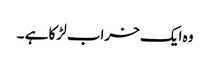
وہ ایک خراب لڑکا ہے ۔